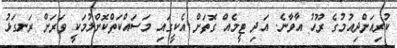
ކުރިއަށްދިއުމުގެ ރޫހު އާވާނެ. އަދި ޓީމެއް ގޮތަށް އެކީގައި މަސައްކަތްކޮށްލުމަކީ ވަރަށް ރަނގަޅު